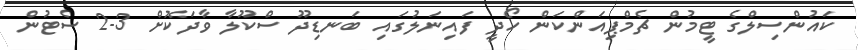
ކައުންސިލްގެ ޓީމުން ޗެމްޕިއަންކަން ހޯދީ ފައިނަލުގައި ބަނޑިދޫ ސްކޫލާ ވާދަކޮށް 3-2 ސެޓުން